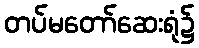
တပ်မတော်ဆေးရုံ၌